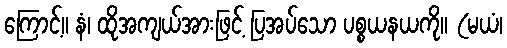
ကြောင့်။ နံ၊ ထိုအကျယ်အားဖြင့် ပြအပ်သော ပစ္စယနယကို။ (မယံ၊